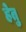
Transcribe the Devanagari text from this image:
हेेतु